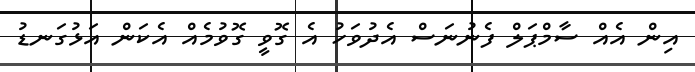
އިން އެއް ސާމްޕަލް ފެނުނަސް އެދުވަހު އެ ގޮވީ ގޮވުމެއް އެކަން އަޅުގަނޑު